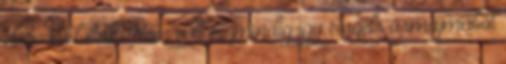
előre kódoltak. Nem volt ez mindig így Engels ősmaj­má­ból